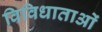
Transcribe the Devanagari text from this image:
विविधाताओं